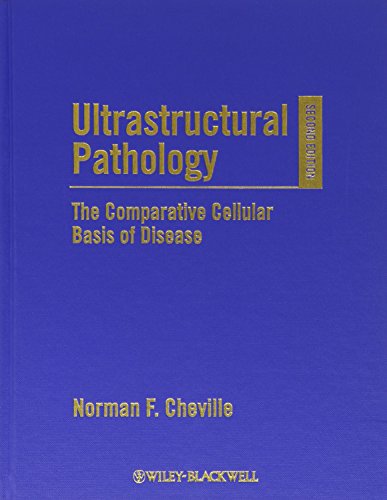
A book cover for Ultrastructural Pathology: The Comparative Cellular Basis of Disease; Norman F. Cheville; Medical Books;